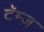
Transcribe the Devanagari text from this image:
टॅम्ज़